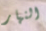
النهار